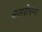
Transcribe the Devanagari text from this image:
करारीपणा